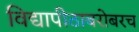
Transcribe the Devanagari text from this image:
विद्यापीठाबरोबरच